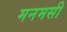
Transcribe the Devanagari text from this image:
मनमसी